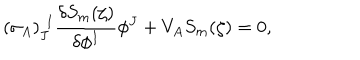
LaTeX: ( \sigma _ { A } ) _ { J } ^ { ~ ~ \! I } \frac { \delta S _ { m } ( \zeta ) } { \delta \phi ^ { I } } \phi ^ { J } + V _ { A } S _ { m } ( \zeta ) = 0 ,